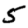
Digit: 5